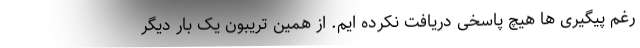
رغم پیگیری ها هیچ پاسخی دریافت نکرده ایم. از همین تریبون یک بار دیگر